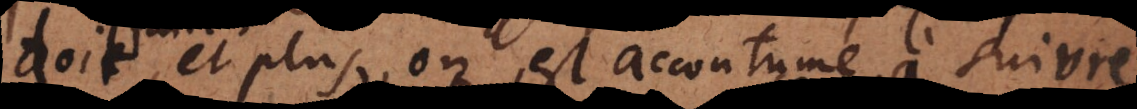
re; et plus, on est accoutumé à suivre